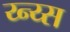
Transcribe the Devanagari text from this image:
य्न्य्स